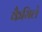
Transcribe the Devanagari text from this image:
कैमिले